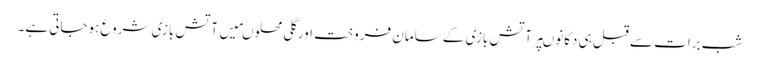
شب برات سے قبل ہی دکانوںپرآتش بازی کے سامان فروخت اورگلی محلوںمیں آتش بازی شروع ہوجاتی ہے۔